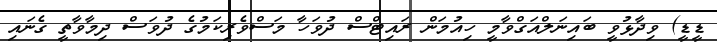
ޑީޑީ) ވިދާޅުވީ ބައިނަލްއަގްވާމީ ހިއުމަން ރައިޓްސް ދުވަހާ މަސްވެރިކަމުގެ ދުވަސް ދިމާވާތީ ގެނައި